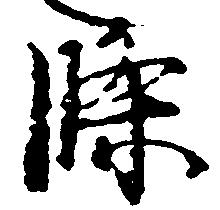
条